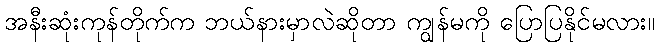
အနီးဆုံးကုန်တိုက်က ဘယ်နားမှာလဲဆိုတာ ကျွန်မကို ပြောပြနိုင်မလား။